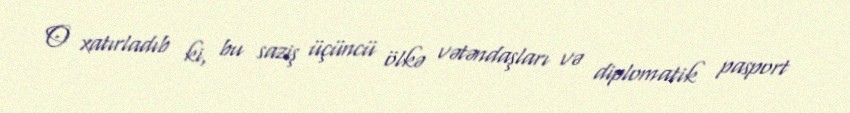
O xatırladıb ki, bu saziş üçüncü ölkə vətəndaşları və diplomatik pasport